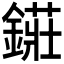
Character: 𨫲